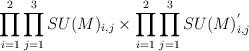
LaTeX: \begin{align*}\prod_{i=1}^{2}\prod_{j=1}^{3} SU(M)_{i,j} \times \prod_{i=1}^{2}\prod_{j=1}^{3}SU(M)^{'}_{i,j}\end{align*}